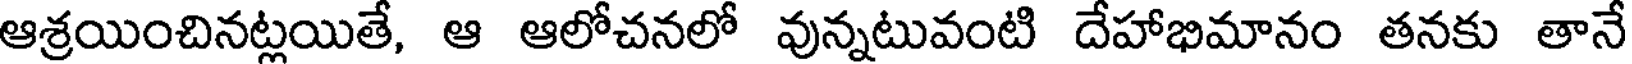
ఆశ్రయించినట్లయితే, ఆ ఆలోచనలో వున్నటువంటి దేహాభిమానం తనకు తానే